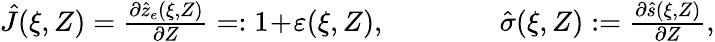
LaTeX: \begin{array}{r}{\hat{J}(\xi,Z)=\frac{\partial\hat{z}_{e}(\xi,Z)}{\partial Z}=:1\! +\! \varepsilon(\xi,Z),\qquad\qquad\hat{\sigma}(\xi,Z):=\frac{\partial\hat{s}(\xi,Z)}{\partial Z},}\end{array}